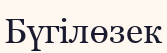
Бүгілөзек